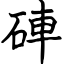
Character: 硨